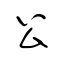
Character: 公